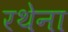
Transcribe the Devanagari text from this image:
रथेना